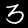
Digit: 3